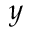
y